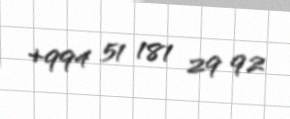
+994 51 181 29 92